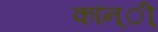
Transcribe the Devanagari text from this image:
कॉन्ी्